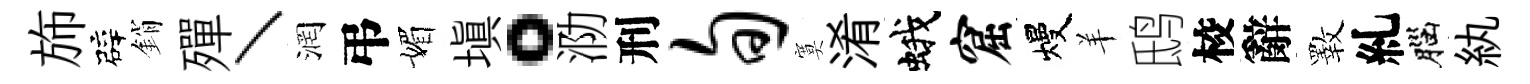
斾辟銷殫丶润弔媚塡。泐刑旬寞淆蛾窟熳羊鸱校辭斁糺腦紈